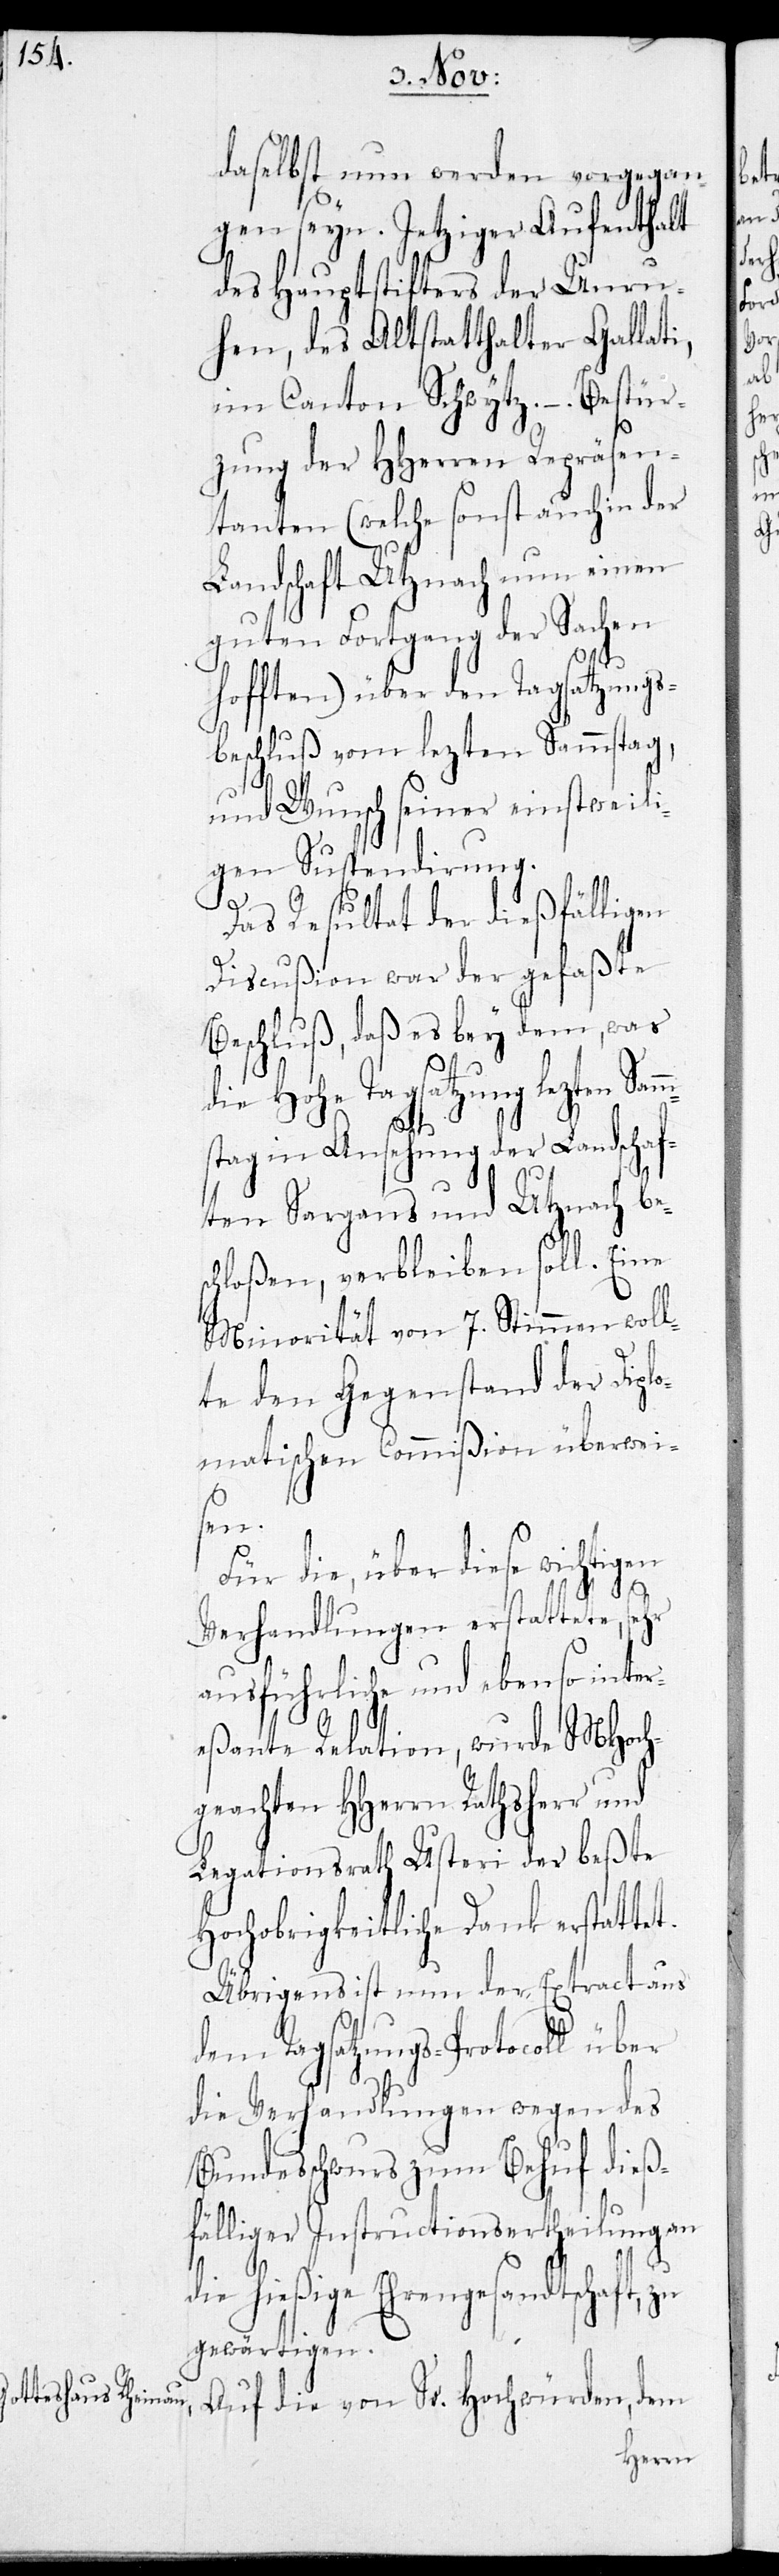
daselbst nun werden vorgegan¬
gen seyn. Jetziger Aufenthalt
des Hauptstifters der Unru¬
hen, des Altstatthalter Gallati,
im Canton Schwytz. –
tanten (welche sonst auch
Landschaft Utznach nun
guten Fortgang der
hofften) über den Tagsat¬
und Wunsch seiner einstw¬
gen Suspendirung.
Das Resultat der dießfälli¬
Discußion war der gefaßte
Beschluß, daß es bey dem, was
lezten Samm¬
stag in Ansehung der Landschaf¬
ten Sargans und Utznach be¬
schloßen, verbleiben soll. Eine
Minorität von 7. Stimmen woll¬
te den Gegenstand der Diplo¬
matischen Commißion überwei¬
sen.
Für die, über diese wichtigen
Verhandlungen erstattete, sehr
ausführliche und ebenso inter¬
eßante Relation, wurde MHoch¬
geachten HHerrn Rathsherr und
Legationsrath Usteri der beste
Hochobrigkeitliche Dank erstattet.
Übrigens ist nun der Extract aus
demTagsatzungs-Protocoll über
die Verhandlungen wegen des
Bundesschwurs zum Behuf dieß¬
fälliger Instructionsertheilung an
die hießige Ehrengesandtschaft zu
gewärtigen.
Auf die von Sr. Hochwürden, dem
HHerren